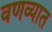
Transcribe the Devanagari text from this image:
वणव्यात